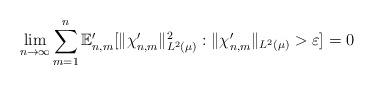
LaTeX: \begin{align*} \lim_{n \to \infty} \sum_{m=1}^n \mathbb{E}_{n,m}' [ \|\chi_{n,m}' \|_{L^2( \mu)}^2 : \|\chi_{n,m}' \|_{L^2(\mu)} > \varepsilon ] = 0\end{align*}